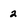
Character: 2